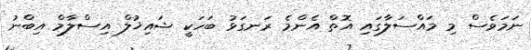
ނަމަވެސް މި މައްސަލާގައި އޮތް އެންމެ ރަނގަޅު ބަހަކީ ޝައިޚުލް އިސްލާމް އިބްނު